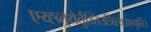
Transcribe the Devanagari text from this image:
एय्ह्व्र्तुयेर्तुय्तिउत्र्य्त्यिउएयुर्तिउ